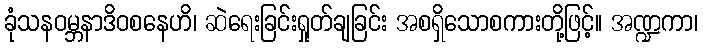
ခုံသနဝမ္ဘနာဒိဝစနေဟိ၊ ဆဲရေးခြင်းရှုတ်ချခြင်း အစရှိသောစကားတို့ဖြင့်။ အဏ္ဍကာ၊